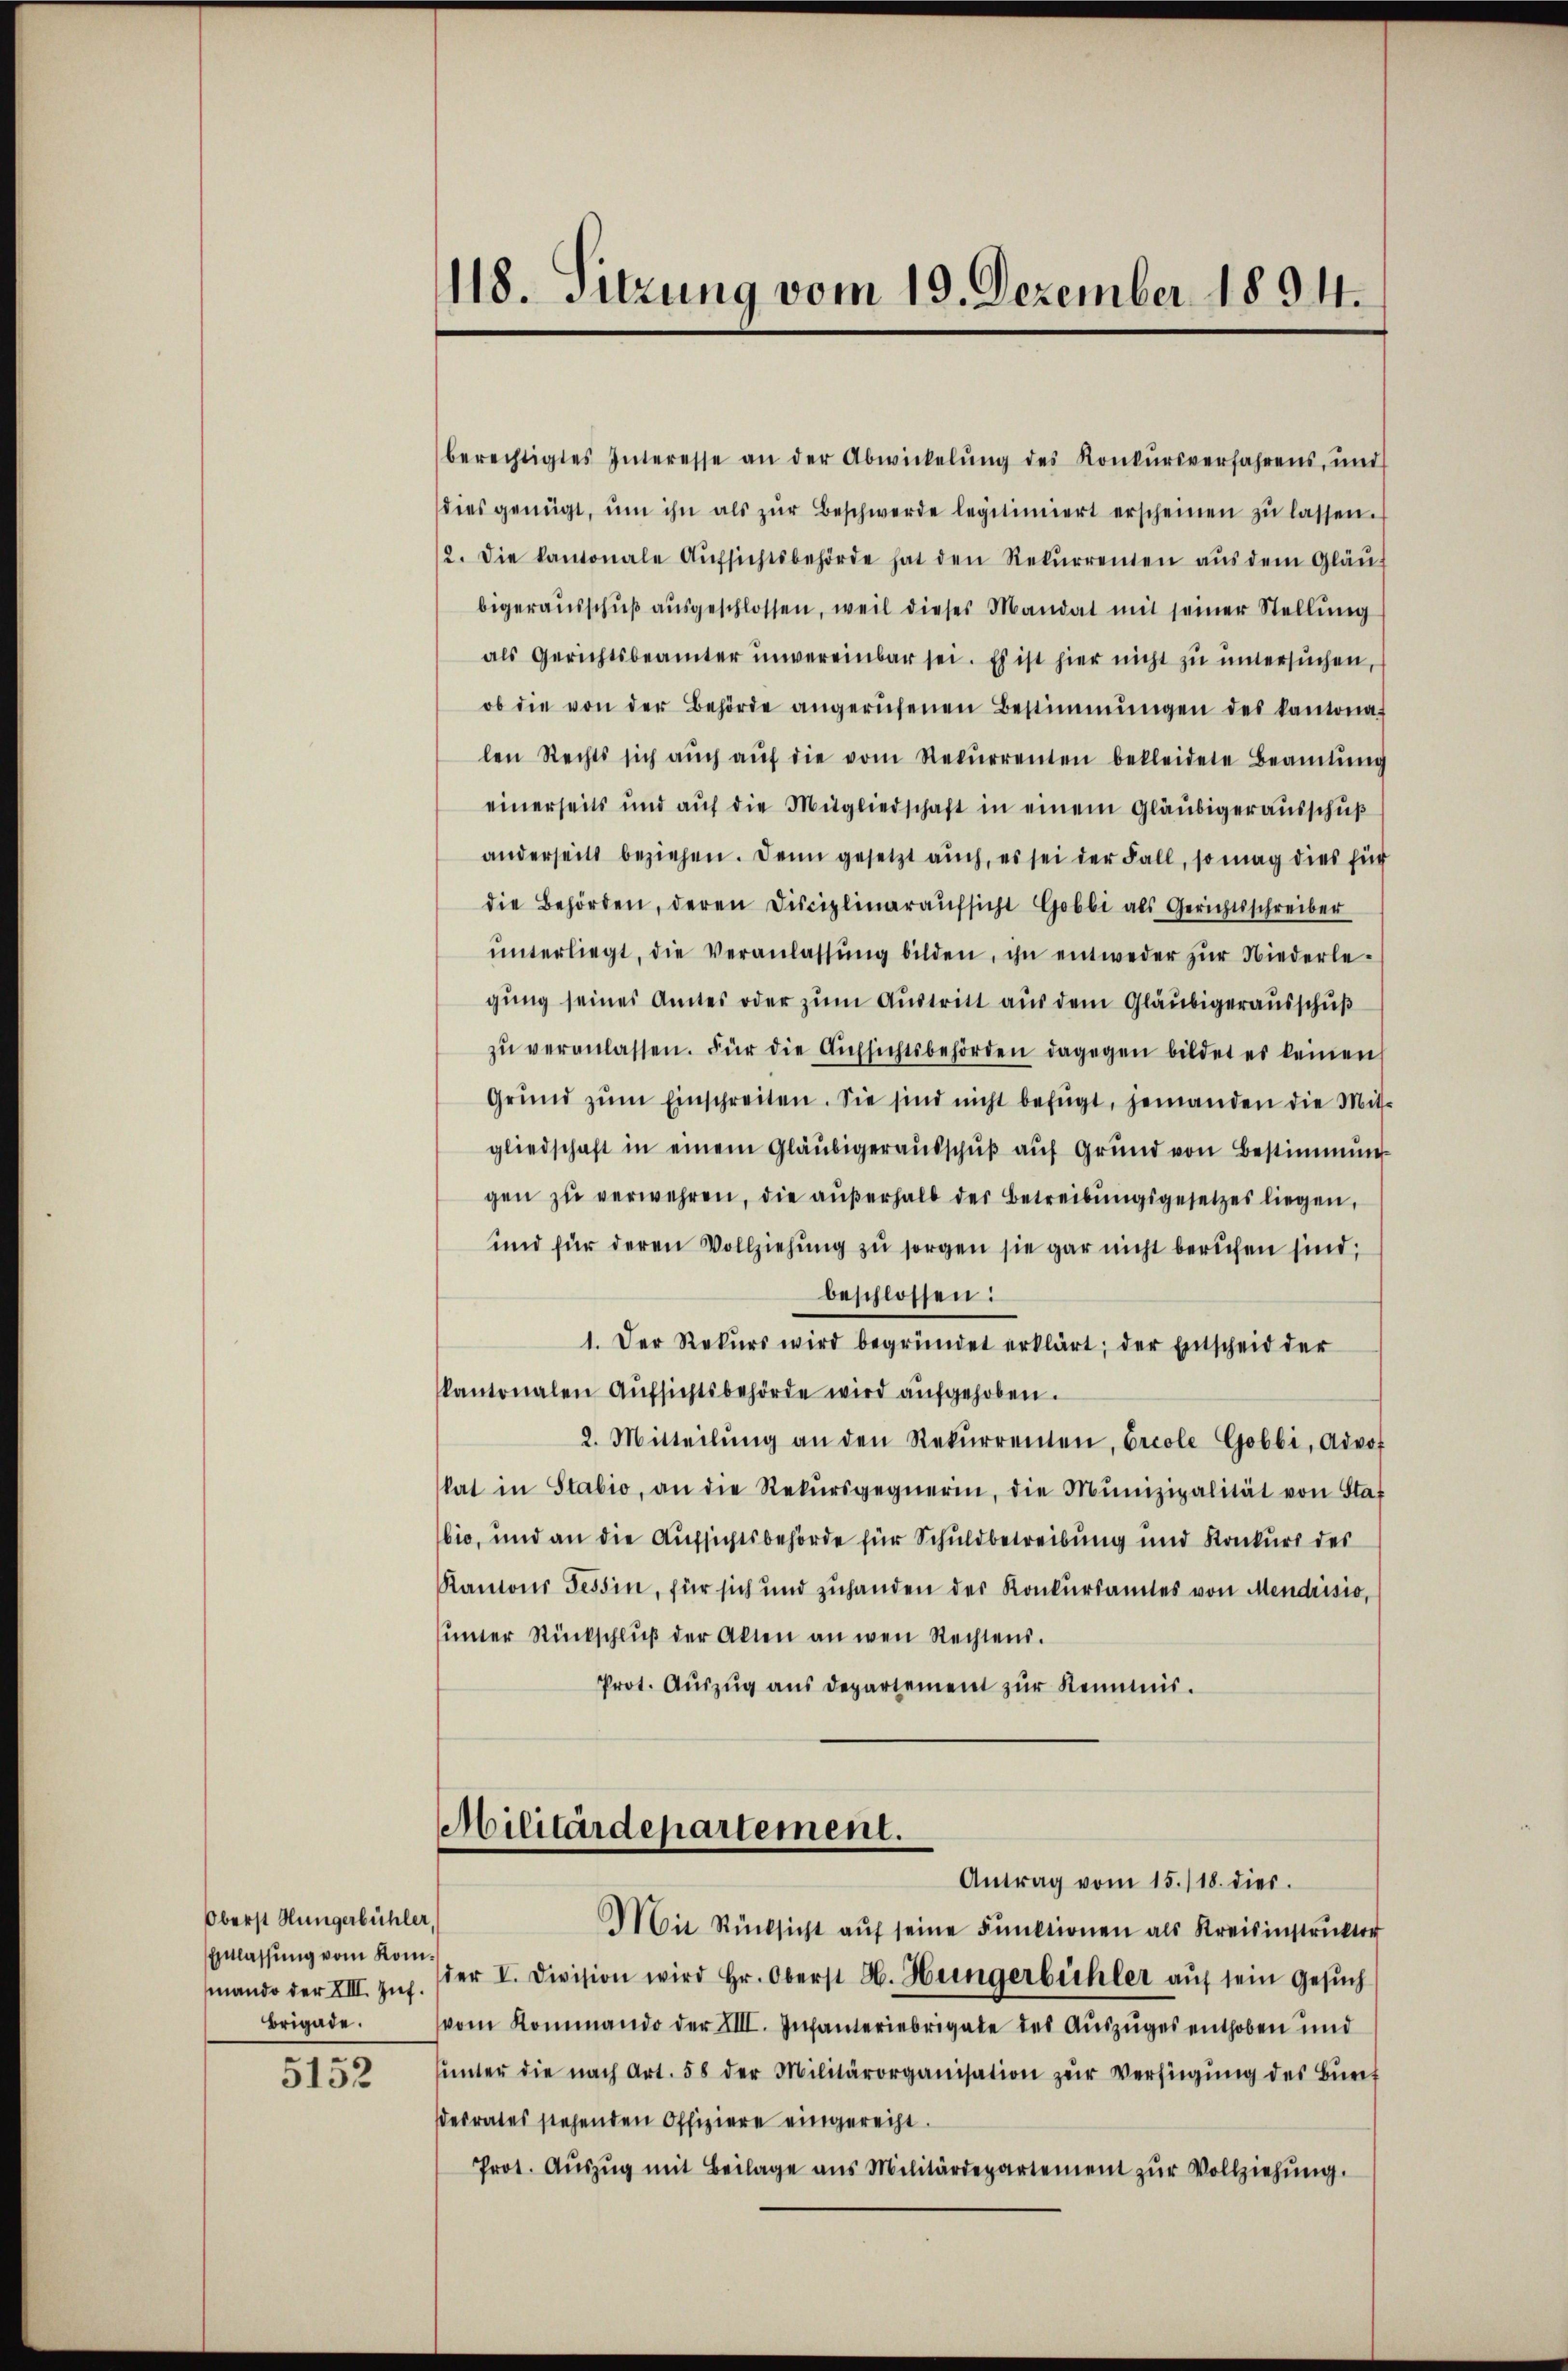
Oberst Hungerbühler,
Einlassung vom Kommando der XIII. Zif.
Brigade.

5152

118. Sitzung vom 19. Dezember 1894.

Militärdepartement.
Antrag vom 15./18. dies

berechtigtes Interesse an der Abwickelŭng des Konkŭrsverfahrens, und
dies genügt, ŭm ihn als zŭr Beschwerde legitimiert erscheinen zŭ lassen.
2. Die kantonale Aŭfsichtsbehörde hat den Rekŭrrenten aŭs dem Gläu-
bigerausschŭβ aŭsgeschlossen, weil dieses Mandat mit seiner Stellung
als Gerichtsbeamter unvereinbar sei. Es ist hier nicht zu untersuchen,
ob die von der Behörde angerŭfenen Bestimmungen des kantona
len Rechts sich aŭch aŭf die vom Rekŭrrenten bekleidete Beamtŭng
einerseits und aŭf die Mitgliedschaft in einem Gläubigeraŭsschŭβ
anderseits beziehen. Denn gesetzt auch, es sei der Fall, so mag dies für
die Behörden, deren Disciplinaraŭfsicht Gobbi als Gerichtsschreiber
ŭnterliegt, die Veranlassŭng bilden, ihn entweder zŭr Niederle-
gung seines Amtes oder zum Austritt aus dem Gläubigerausschuß
zŭ veranlassen. Für die Aufsichtsbehörden dagegen bildet es keinen
Grŭnd zŭm Einschreiten. Sie sind nicht befügt, jemanden die Mit-
gliedschaft in einem Gläubigeraŭsschŭβ aŭf Grund von Bestimmung
gen zŭ verwehren, die aŭβerhalb der Betreibŭngsgesetzes liegen,
und für deren Vollziehung zu sorgen sie gar nicht berufen sind;
beschlossen:
1. Der Rekŭrs wird begründet erklärt; der Entscheid der
kantonalen Aŭfsichtsbehörde wird aufgehoben.
2. Mitteilŭng an den Rekŭrrenten, Ercole Gobbi, Advo
kat in Stabio, an die Rekŭrsgegnerin, die Munizipalität von Staf
bio, und an die Aufsichtsbehörde für Schuldbetreibung und Konkurs des
Kantons Tessin, für sich und zuhanden der Konkursamtes von Mendrisio,
ŭnter Rückschlŭβ der Akten an wen Rechtens.
Prot. Aŭszŭg aŭs departement zŭr Kennnis.

Mit Rücksicht aŭf seine Funktionen als Kreisinstruktor
der V. Division wird Hr. Oberst H. Hungerbüchler aŭf sein Gesŭch
vom Kommando der XIII. Infanteriebrigate des Auszuges enthoben und
ŭnter die nach Art. 58 der Militärorganisation zŭr Verfügŭng des Bürf
desrates stehenden Offiziere eingerecht.
Prot. Aŭszŭg mit Beilage ans Militärdepartement zŭr Vollziehŭng.